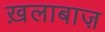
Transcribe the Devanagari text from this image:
ख़लाबाज़